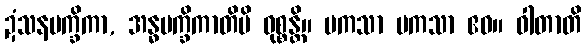
ဍံသနမက္ခိကာ, အန္ဓမက္ခိကာတိပိ ဝုစ္စန္တိ။ မကသာ မကသာ ဧဝ။ ဝါတာတိ